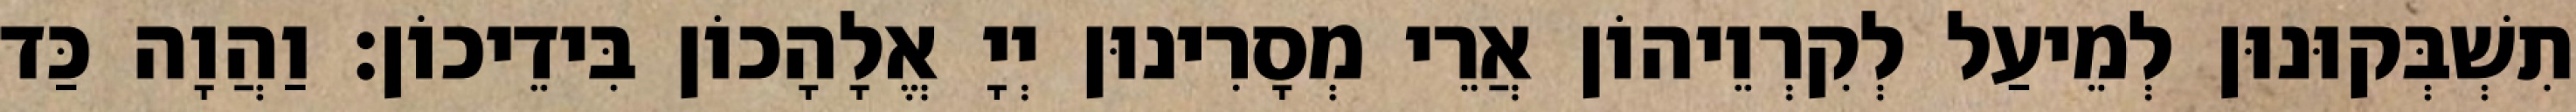
תִשְׁבְּקוּנוּן לְמֵיעַל לְקִרְוֵיהוֹן אֲרֵי מְסָרִינוּן יְיָ אֱלָהָכוֹן בִּידֵיכוֹן׃ וַהֲוָה כַּד